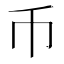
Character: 币